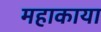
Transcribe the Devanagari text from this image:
महाकाया